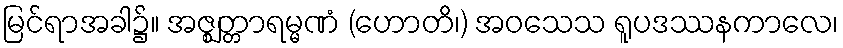
မြင်ရာအခါ၌။ အဇ္ဈတ္တာရမ္မဏံ (ဟောတိ၊) အဝသေသ ရူပဒဿနကာလေ၊